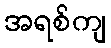
အရစ်ကျ